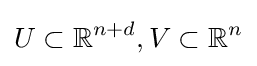
U\subset {\mathbb {R} }^{n+d},V\subset {\mathbb {R} }^{n}